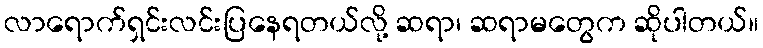
လာရောက်ရှင်းလင်းပြနေရတယ်လို့ ဆရာ၊ ဆရာမတွေက ဆိုပါတယ်။